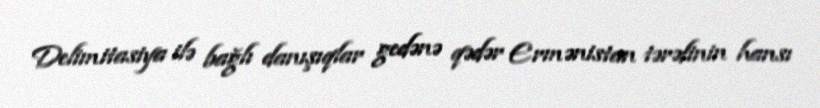
Delimitasiya ilə bağlı danışıqlar gedənə qədər Ermənistan tərəfinin hansı